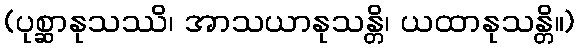
(ပုစ္ဆာနုသဿိ၊ အာသယာနုသန္တိ၊ ယထာနုသန္တိ။)